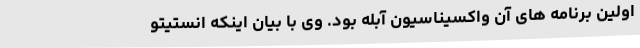
اولین برنامه های آن واکسیناسیون آبله بود. وی با بیان اینکه انستیتو